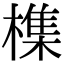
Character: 𣛜